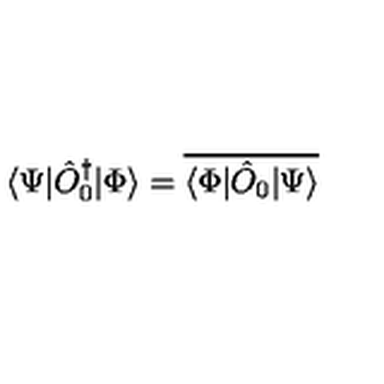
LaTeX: \langle \Psi | \hat { O } _ { 0 } ^ { \dagger } | \Phi \rangle = \overline { { \langle \Phi | \hat { O } _ { 0 } | \Psi \rangle } }